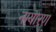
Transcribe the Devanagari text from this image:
नायारण